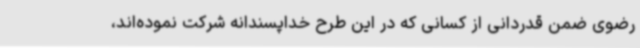
رضوی ضمن قدردانی از کسانی که در این طرح خداپسندانه شرکت نموده‌اند،